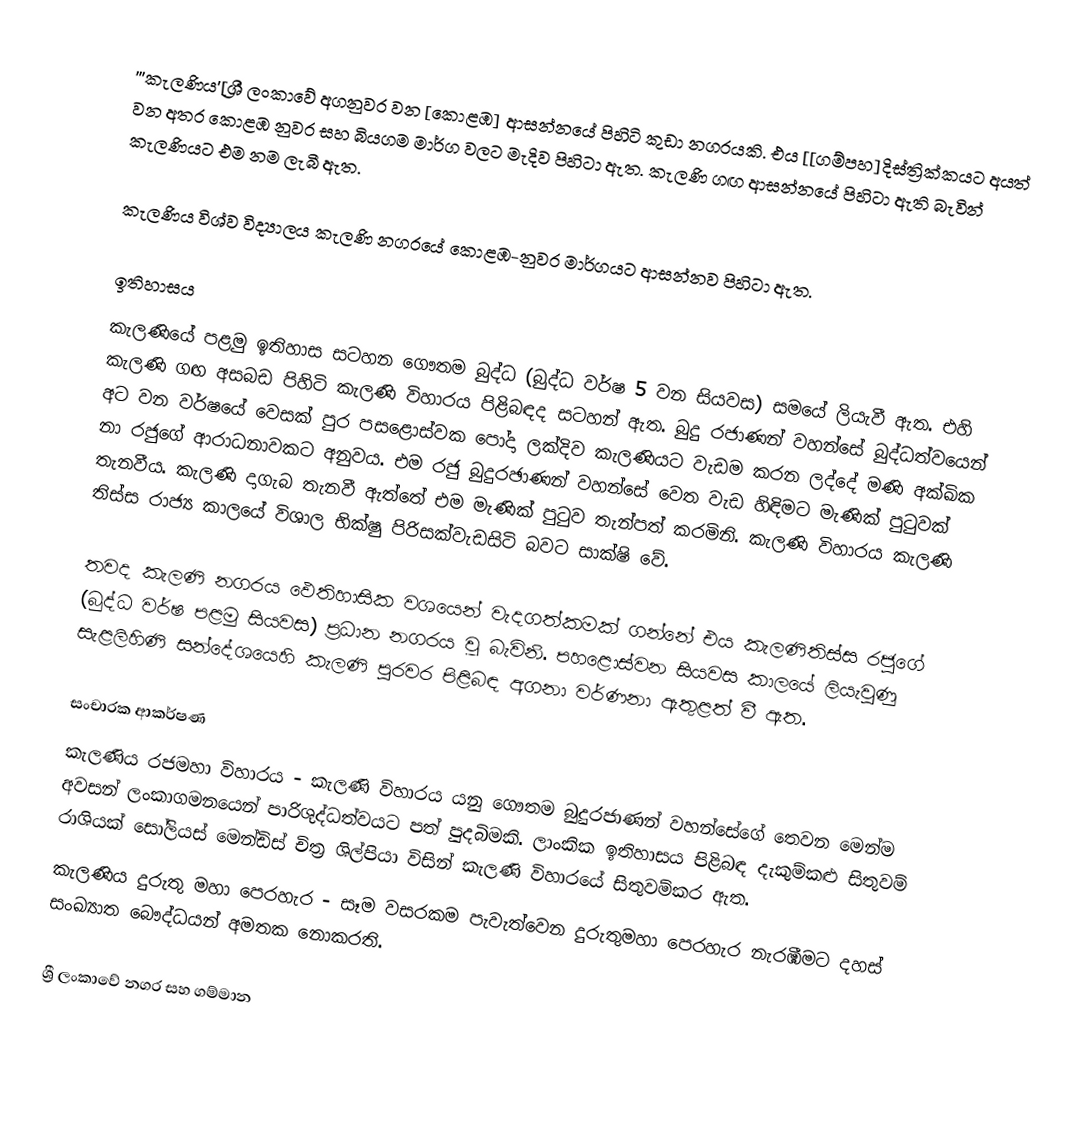
'''කැලණිය'[ශ්‍රී ලංකාවේ අගනුවර වන [කොළඹ] ආසන්නයේ පිහිටි කුඩා නගරයකි. එය [[ගම්පහ]දිස්ත්‍රික්කයට අයත් වන අතර කොළඹ නුවර සහ බියගම මාර්ග වලට මැදිව පිහිටා ඇත. කැලණි ගඟ ආසන්නයේ පිහිටා ඇති බැවින් කැලණියට එම නම ලැබී ඇත.

කැලණිය විශ්ව විද්‍යාලය කැලණි නගරයේ කොළඹ-නුවර මාර්ගයට ආසන්නව පිහිටා ඇත.

ඉතිහාසය
කැලණියේ  පළමු ඉතිහාස සටහන ගෞතම බුද්ධ (බුද්ධ වර්ෂ 5 වන සියවස) සමයේ ලියැවී ඇත. එහි කැලණි ගඟ අසබඩ පිහිටි කැලණි විහාරය පිළිබඳද සටහන් ඇත. බුදු රජාණන් වහන්සේ  බුද්ධත්වයෙන් අට වන වර්ෂයේ වෙසක් පුර පසළොස්වක පෝදා ලක්දිව කැලණියට වැඩම කරන ලද්දේ මණි අක්ඛික නා රජුගේ ආරාධනාවකට අනුවය. එම රජු  බුදුරඡාණන් වහන්සේ වෙත වැඩ හිඳිමට මැණික් පුටුවක් තැනවීය. කැලණි දාගැබ තැනවී ඇත්තේ එම මැණික් පුටුව තැන්පත් කරමිනි. කැලණි විහාරය කැලණි තිස්ස රාජ්‍ය කාලයේ විශාල භික්ෂු පිරිසක්වැඩසිටි බවට සාක්ෂි වේ.

තවද කැලණි නගරය ඵෙතිහාසික වශයෙන් වැදගත්කමක් ගන්නේ එය කැලණිතිස්ස රජුගේ (බුද්ධ වර්ෂ පළමු සියවස) ප්‍රධාන නගරය වූ බැවිනි. පහළොස්වන සියවස කාලයේ ලියැවුණු සැළලිහිණි සන්දේශයෙහි කැලණි පුරවර පිළිබඳ අගනා වර්ණනා ඇතුළත් වී ඇත.

සංචාරක ආකර්ෂණ
කැලණිය රජමහා විහාරය - කැලණි විහාරය යනු ගෞතම බුදුරජාණන් වහන්සේගේ තෙවන මෙන්ම අවසන් ලංකාගමනයෙන් පාරිශුද්ධත්වයට පත් පුදබිමකි. ලාංකික ඉතිහාසය පිළිබඳ දැකුම්කළු සිතුවම් රාශියක් සෝලියස් මෙන්ඩිස් චිත්‍ර ශිල්පියා විසින් කැලණි විහාරයේ සිතුවම්කර ඇත.
කැලණිය දුරුතු මහා පෙරහැර - සෑම වසරකම පැවැත්වෙන දුරුතුමහා පෙරහැර නැරඹීමට දහස් සංඛ්‍යාත බෞද්ධයන් අමතක නොකරති.

ශ්‍රී ලංකාවේ නගර සහ ගම්මාන